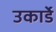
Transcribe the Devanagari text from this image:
उकार्डे